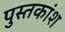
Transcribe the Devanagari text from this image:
पुस्तकांश